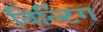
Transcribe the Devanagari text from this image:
विल्टिंग